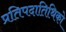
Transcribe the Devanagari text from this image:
प्रतिपदातिथिको